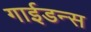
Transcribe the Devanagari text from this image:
गाईडन्स